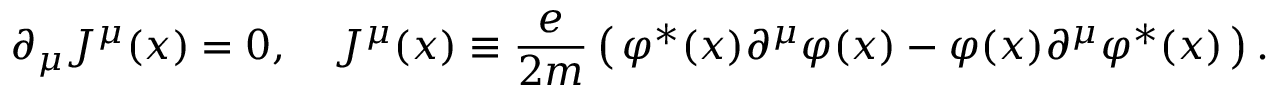
\partial _ { \mu } J ^ { \mu } ( x ) = 0 , \quad J ^ { \mu } ( x ) \equiv { \frac { e } { 2 m } } \left( \, \varphi ^ { * } ( x ) \partial ^ { \mu } \varphi ( x ) - \varphi ( x ) \partial ^ { \mu } \varphi ^ { * } ( x ) \, \right) .